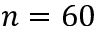
n = 6 0